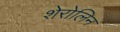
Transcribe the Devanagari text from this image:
शेरोलिन